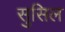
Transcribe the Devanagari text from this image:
सुसिल